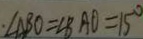
\cdot \angle A B O = \angle B A O = 1 5 ^ { \circ }